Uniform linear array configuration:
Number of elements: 32
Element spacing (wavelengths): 0.75
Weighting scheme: exponential
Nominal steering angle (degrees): -15
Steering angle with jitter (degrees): -13.901
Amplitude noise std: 0.05
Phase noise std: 0.05

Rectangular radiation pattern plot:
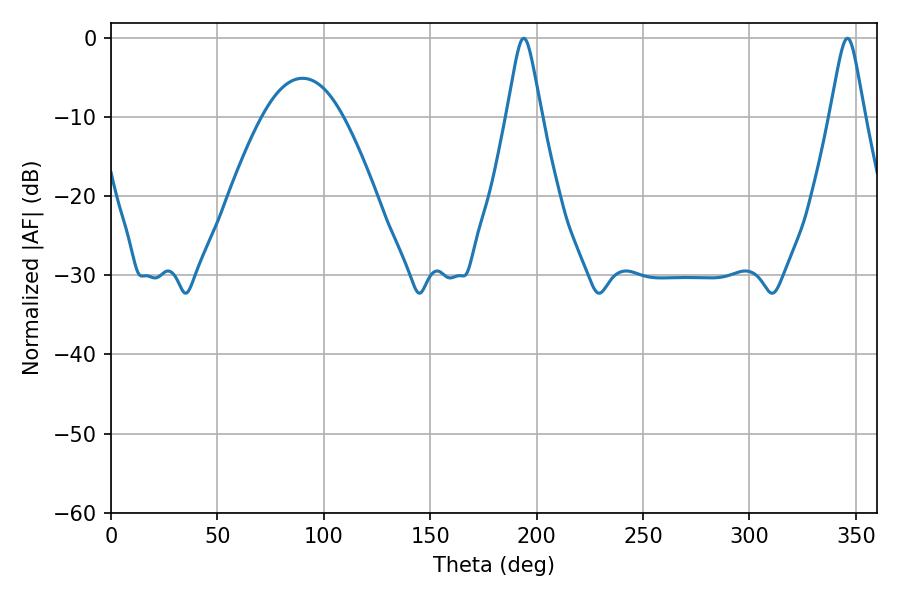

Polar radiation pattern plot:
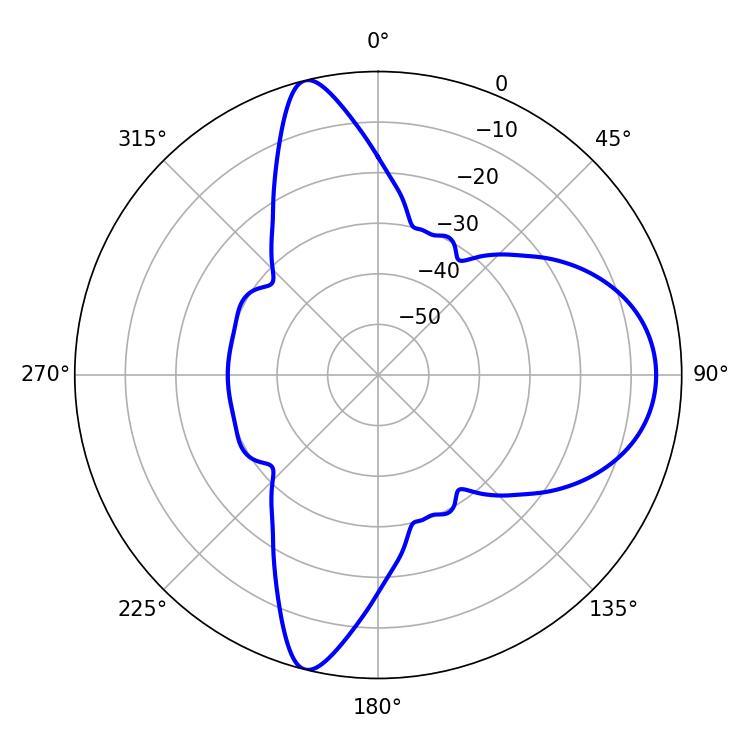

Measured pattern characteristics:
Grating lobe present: TRUE
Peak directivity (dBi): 13.371
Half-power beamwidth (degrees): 7.74
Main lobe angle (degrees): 346.14